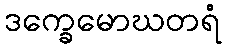
ဒက္ခေမောဃတရံ